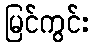
မြင်ကွင်း